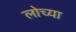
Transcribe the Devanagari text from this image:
लोच्या